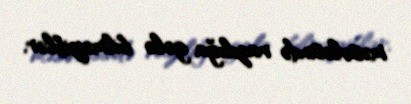
məsələsində razılığa gələ bilməyiblər.